Vital statistics of India. Vol. VI, European troops 1870-79
Year: 1870
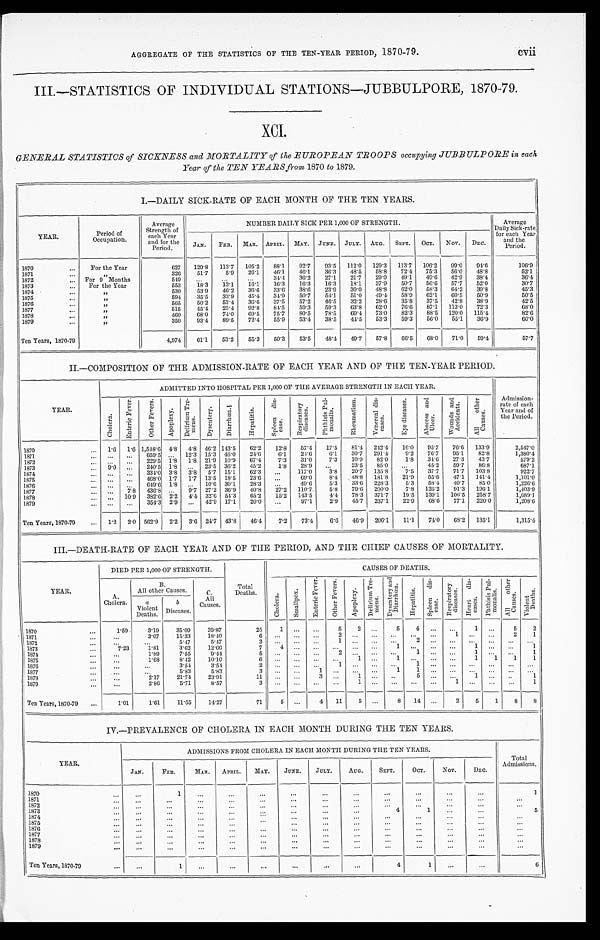
AGGREGATE OF THE STATISTICS OF THE TEN.YEAR PERIOD, 1870-79.
cvii
III.—STATISTICS OF INDIVIDUAL STATIONS—JUBBULPORE, 1870-79.
XCI.
GENERAL STATISTICS of SICKNESS and MORTALITY of the EUROPEAN TROOPS occupying JUBBULPORE in each
Year of the TEN YEARS from 1870 to 1 8 7 9 .
I. —DAILY SICK. RATE OF EACH MONTH OF THE TEN YEARS.
YE AR.
Period of
Occupation.
Average
Strength of
each Year
and for th
Period.
NUMBER DAILY SICK PER 1,000 OF STRENGTH.
Average
Daily Sick.rate
for each Year
and the
P e r i o d .
JAN. FEB. MAR. APRIL. MAY. JUNE. JULY. AUG. SEPT. OCT. NOV. DEC.
1870
For the Year
627 129.8 113.7 105.2 88.1 92.7 93.5 112.0 129.3 113.7 106.2 99.0 94.6
1 0 6 . 9
1871
„
326 51.7
5.9 26.1 46.1 46.1 36.3 48.5 58.8 72.4 75.3 56.0 48.8
52.1
1872
For 9 Months
549
3 4 . 4 36.2 27.1 21.7 29.0 49.1 49.6 42.9 38.4
3 6 . 4
1873
For the Year
553 18.3 13.1 16.1 16.3 16.3 16.3 18.1 37.9 50.7 56.6 57.7 52.0
3 0 . 7
1874
„
530 53.9 46.2 36.6 33.6 38.6 23.9 30.0 48.8 62.0 58.3 64.2 39.8
45.3
1875
„
594 35.5 33.9 45.4 34.9 50.7 54.1 51.0 49.4 58.9 62.1 60.5 50.9
5 0 . 5
1876
„
565 50.2 53.4 36.6 37.5 57.2 46.5 32.2 28.6 35.8 37.5 42.8 38.9
4 2 . 5
1877
„
515 45.4 25.4 92.8 84.5 59.3 59.3 63.8 62.0 76.6 87.1 113.0 72.3
6 8 . 0
1878
„
460 68.0 74.0 69.5 75.7 80.5 78.5 69.4 73.0 82.3 88.5 120.0 115.4
8 2 . 6
1879
„
350 93.4 89.5 72.4 55.9 53.4 38.5 44.5 53.3 59.3 56.0 55.1 36.9
60.0
Ten Years, 1870-79
4,974 61.1 53.2 55.3 50.3 53.5 48.4 49.7 57.8 66.5 68.0 71.0 59.4
57.7
II.—COMPOSITION OF THE ADMISSION-RATE OF EACH YEAR AND OF THE TEN-YEAR PERIOD.
Y E A R .
ADMITTED INTO HOSPITAL PER 1,000 OF THE AVERAGE STRENGTH IN EACH YEAR.
A d m i s s i o n .
rate of each
Year and of
t h e P e r i o d .
C h o l e r a .
E n t e r i c F e v e r .
O t h e r F e v e r s .
A p o p l e x y . D e l i r i u m T r e -
m e n s .
D y s e n t e r y . D i a r r h œ a .
H e p a t i t i s .
S p l e e n d i s -
e a s e . R e s p i r a t o r y
d i s e a s e s .
P h t h i s i s P u l -
m o n a l i s .
R h e u m a t i s m .
V e n e r e a l d i s -
e a s e s .
E y e d i s e a s e s .
A b s c e s s a n d
U l c e r .
W o u n d s a n d
A c c i d e n t s .
A l l o t h e r
C a u s e s .
1870
1.6 1.6 1,548.6 4.8 4.8 46.2 143.5 62.2 12.8 57.4 17.5 81.4 242.4 16.0 95.7 76.6 133.9
2 , 5 4 7 . 0
1871
659.5
12.3 15.3 46.0 24.6 6.1 24.6 6.1 30.7 291.4 9.2 76.7 95.1 82.8
1 , 3 8 0 . 4
1872
229.5 1.8 1.8 21.9 10.9 67.4 7.3 31.0 7.3 10.9 82.0 1.8 34.6 27.3 43.7
579.2
1873
9.0
240.5 1.8
23.5 36.2 45.2 1.8 28.9
23.5 85.0
45.2 59.7 86.8
687.1
1874
334.0 3.8 3.8 5.7 15.1 62.3
117.0 3.8 20.7 135.8 7.5 37.7 71.7 103.8
9 2 2 . 7
1875
468.0 1.7 1.7 13.5 18.5 23.6
69.0 8.4 48.8 181.8 21.9 55.6 47.1 141.4
1,101.0
1876
649.6 1.8
10.6 30.1 28.3
49.6
5.3 33.6 228.3 5.3 58.4 40.7 85.0
1 , 2 2 6 . 6
1877
7.8 436.8
9.7 27.2 36.9 40.8 27.2 110.7. 5.8 79.6 200.0 7.8 126.2 91.3 196.1
1,403.9
1878
10.9 382.6 2.2 4.4 32.6 54.3 65.2 15.2 143.5 4.4 78.3 371.7 19.5 139.1 106.5 258.7
1,689.1
1879
354.3 2.9
42.9 17.1 20.0
97.1
2.9 45.7 237.1 22.9 68.6 77.1 220.0
1 , 2 0 8 . 6
Ten Years, 1870-79
1.2 2.0 562.9 2.2 3.6 24.7 43.8 46.4 7.2 73.4 6.6 46.9 206.1 11.1 74.0 68.2 135.1
1 , 3 1 5 . 4
III.—DEATH-RATE OF EACH YEAR AND OF THE PERIOD, AND THE CHIEF CAUSES OF MORTALITY.
Y E A R .
DIED PER 1,000 OF STRENGTH.
Total
Deaths.
C A U S E S O F D E A T H S .
A .
Cholera.
B.
All other Causes.
C .
All
Causes.
C h o l e r a . S m a l l p o x .
E n t e r i c F e v e r .
O t h e r F e v e r s .
A p o p l e x y .
D e l i r i u m T r e -
m e n s .
D y s e n t e r y a n d
D i a r r h œ a .
H e p a t i t i s .
S p l e e n d i s -
ease. R e s i r a t o r y
d i s e a s e s .
H e a r t d i s -
e a s e s .
P h t h i s i s P u l -
m o n a l i s .
A l l o t h e r
C a u s e s .
V i o l e n t
D e a t h s .
a
Violent
Deaths.
b
Diseases.
1870
1.59
3.19 35.09 39.87
25
1
5 2
5 4
1
5 2
1871
3 . 0 7 15.33 18.40
6
2
1
2 1
1872
5.47
5.47
3
1
2
1873
7.23
1.81
3.62 12.66
7 4
1
1
1
1874
1.89
7.55
9.44
5
2
1
1
1
1875
1.68
8.42 10.10
6
1
1
1
1
1
1
1876
3.54
3.54
2
1
1
1877
5.83
5.83
3
1
1
1
1878
2.17 21.74 23.91
1 1
3
1
5
1
1
1879
2.86
5.71
8.57
3
1
1
1
Ten Years, 1870-79
1.01
1.61 11.65 14.27
71
5
4 11 5
8 14
2 5 1 8 8
IV.—PREVALENCE OF CHOLERA IN EACH MONTH DURING THE TEN YEARS.
Y E A R .
ADMISSIONS FROM CHOLERA IN EACH MONTH DURING THE TEN YEARS.
Total
Ad mi s s i o n s .
JAN.
FEB.
MAR. APRIL. MAY.
JUNE.
JULY.
AUG. SEPT.
OCT. NOV.
DE C.
1870
1
1
1871 1872 1873
4
1
5
1874 1875 1876 1877 1878
1879
Ten Years, 1870-79
1
4
1
6